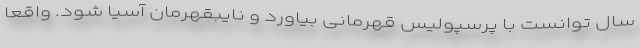
سال توانست با پرسپولیس قهرمانی بیاورد و نایبقهرمان آسیا شود. واقعا